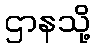
ဌာနသို့